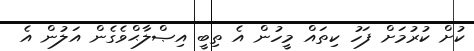
ކުށް ކުރުމަށް ފަހު ކިތައް މީހުން އެ ތިބީ އިޞްލާޙްވެގެން އަލުން އެ